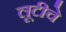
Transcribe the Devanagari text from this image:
लूटीचे